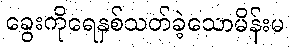
ခွေးကိုရေနှစ်သတ်ခဲ့သောမိန်းမ